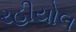
રહીયોલ